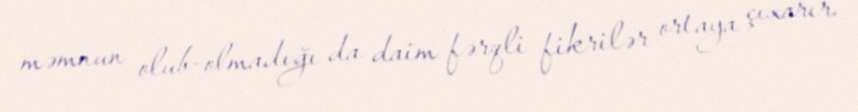
məmnun olub-olmadığı da daim fərqli fikrilər ortaya çıxarır.